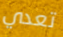
تعدي